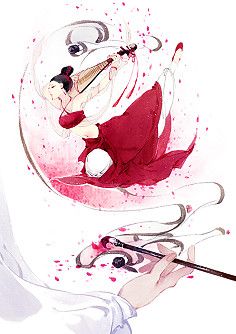
念往昔，繁华竞逐，叹门外楼头，悲恨相续。